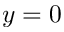
y = 0